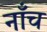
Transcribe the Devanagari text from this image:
नाँच